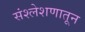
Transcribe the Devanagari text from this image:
संश्लेशणातून